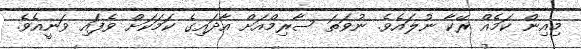
މިއިން ކަމެއް ރޭކާ ނުލައެވެ. ނުވަތަ ސާރިމްއަށް އާދައިގެ ކަމަކަށް ވެފައި ވަނީއެވެ.